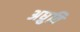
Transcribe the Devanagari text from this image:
अध्रुवि